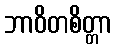
ဘာဝိတစိတ္တာ